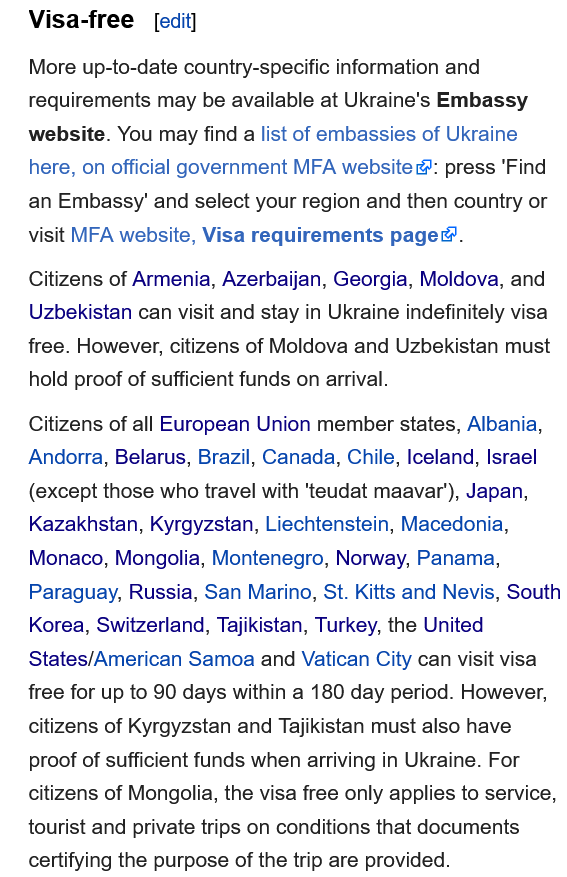
Visa-free    [edit]
   More  up-to-date country-specific information and
   requirements may be available at Ukraine's Embassy
   website. You may find a list of embassies of Ukraine
   here, on official government MFA website &: press 'Find
   an Embassy’ and select your region and then country or
   visit MFA website, Visa requirements page®.
   Citizens of Armenia, Azerbaijan, Georgia, Moldova, and
   Uzbekistan can visit and stay in Ukraine indefinitely visa
   free. However, citizens of Moldova and Uzbekistan must
   hold proof of sufficient funds on arrival.
   Citizens of all European Union member states, Albania,
   Andorra, Belarus, Brazil, Canada, Chile, Iceland, Israel
   (except those who travel with 'teudat maavar'), Japan,
   Kazakhstan, Kyrgyzstan, Liechtenstein, Macedonia,
   Monaco,  Mongolia, Montenegro, Norway, Panama,
   Paraguay, Russia, San Marino, St. Kitts and Nevis, South
   Korea, Switzerland, Tajikistan, Turkey, the United
   States/American Samoa  and Vatican City can visit visa
   free for up to 90 days within a 180 day period. However,
   citizens of Kyrgyzstan and Tajikistan must also have
   proof of sufficient funds when arriving in Ukraine. For
   citizens of Mongolia, the visa free only applies to service,
   tourist and private trips on conditions that documents
   certifying the purpose of the trip are provided.